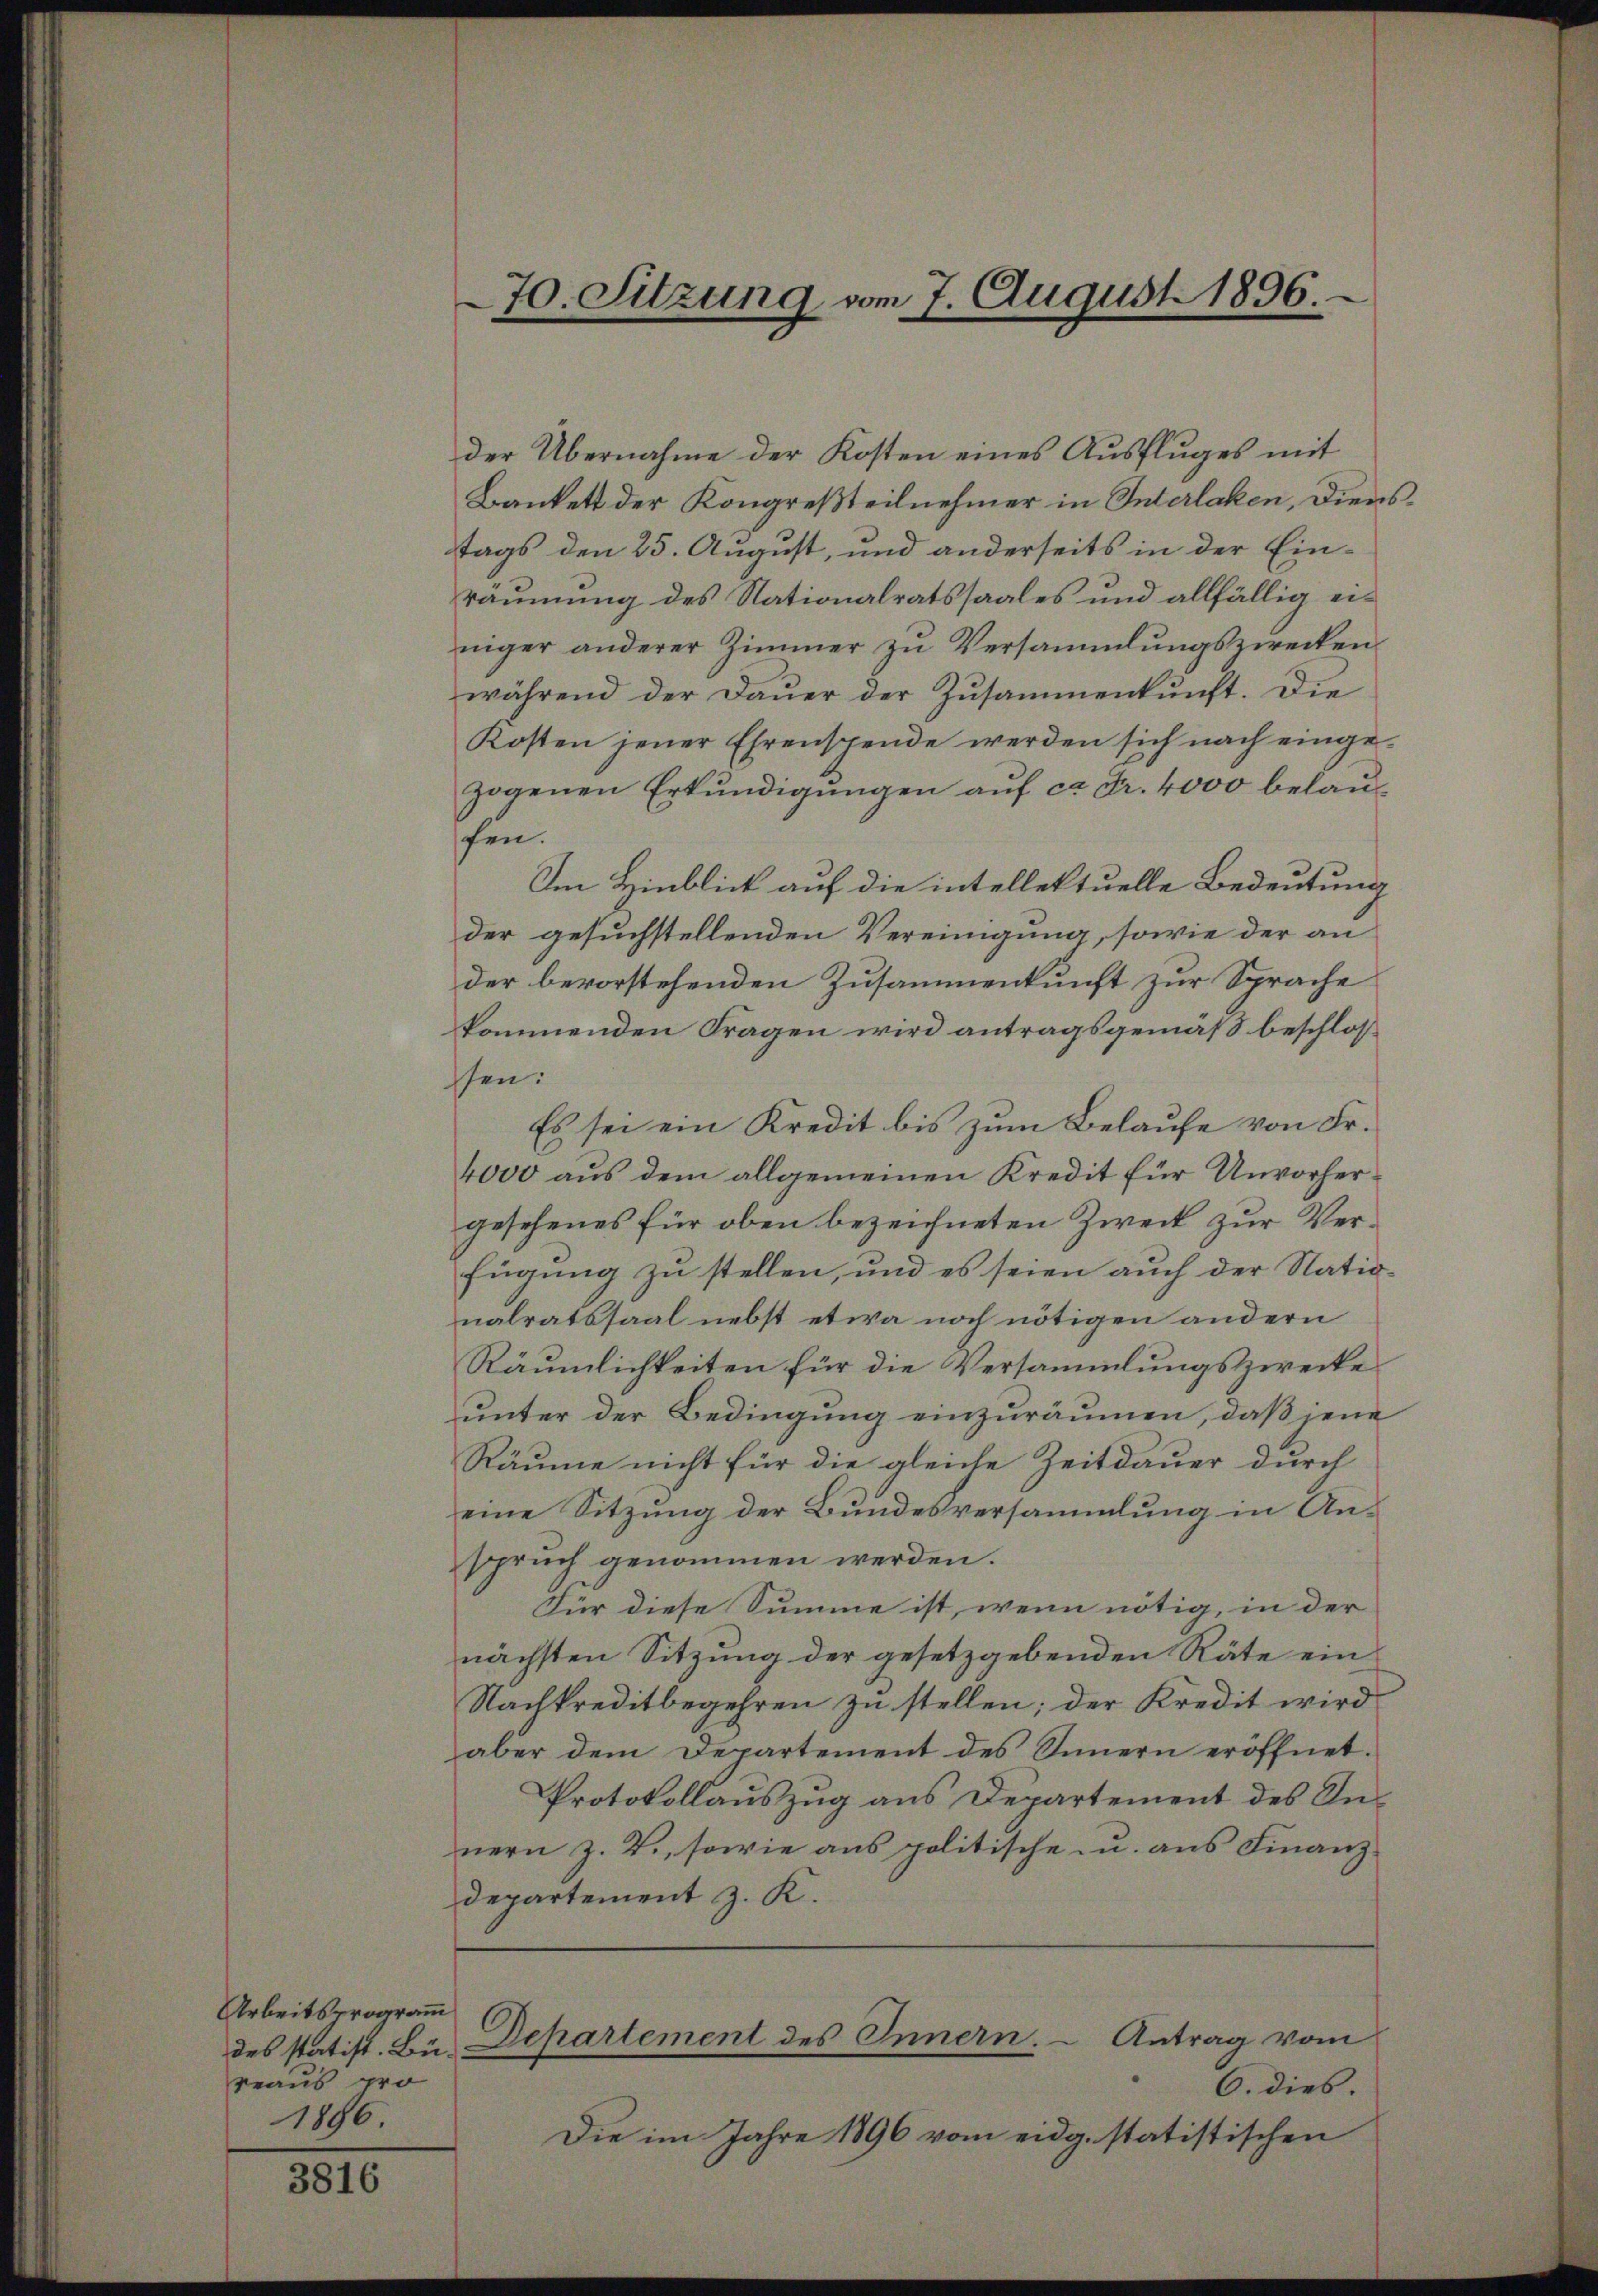
Arbeitsprogramm
des statist. Büreaus pro
1896

3816

70 Sitzung, vom 7. August 1896.
.

der Übernahme der Kosten eines Ausfluges mit
Bankett der Kongreßteilnehmer in Interlaken, Dienstags den 25. August, und anderseits in der Einräumung des Nationalratssaales und allfällig einiger anderer Zimmer zu Versammlungszwecken
während der Dauer der Zusammenkunft. Die
Kosten jener Ehrenspende werden sich nach eingezogenen Erkundigungen auf ca Fr. 4000 belaufen.
Im Hinblick auf die intellektuelle Bedeutung
der gesuchstellenden Vereinigung, sowie der an
der bevorstehenden Zusammenkunft zur Sprache
kommenden Fragen wird antragsgemäß beschloss
ssen:
Es sei ein Kredit bis zum Belaufe von Fr.
4000 aus dem allgemeinen Kredit für Unvorhergesehenes für oben bezeichneten Zweck zur Verfügung zu stellen, und es seien auch der Nationalratssaal nebst etwa noch nötigen andern
Räumlichkeiten für die Versammlungszwecke
unter der Bedingung einzuräumen, daß jene
Räume nicht für die gleiche Zeitdauer durch
eine Sitzung der Bundesversammlung in Anspruch genommen werden.
Für diese Summe ist, wenn nötig, in der
nächsten Sitzung der gesetzgebenden Räte ein
Nachkreditbegehren zu stellen; der Kredit wird
aber dem Departement des Sinnern eröffnet.
Protokollauszug aus Departement des Innern z. Z., sowie aus politische u. aus Finanz¬
Departement z. K.
Departement des Innern. Antrag vom
6. dies
Die im Jahre 1896 vom eidg. statistischen